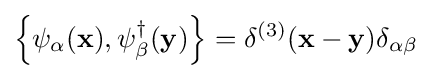
\left\{\psi _{\alpha }(\mathbf {x} ),\psi _{\beta }^{\dagger }(\mathbf {y} )\right\}=\delta ^{(3)}(\mathbf {x} -\mathbf {y} )\delta _{\alpha \beta }